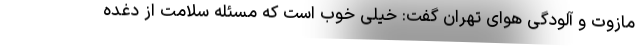
مازوت‌ و آلودگی هوای تهران گفت: خیلی خوب است که مسئله سلامت از دغده